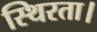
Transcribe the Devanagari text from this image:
स्थिरता।